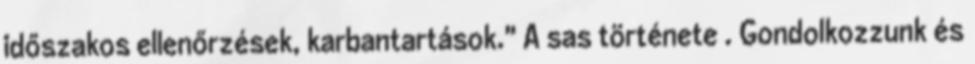
időszakos ellenőrzések, karbantartások." A sas története . Gondolkozzunk és